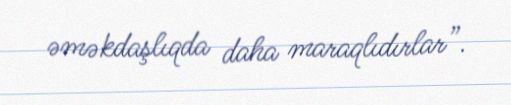
əməkdaşlıqda daha maraqlıdırlar”.